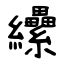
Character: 纝